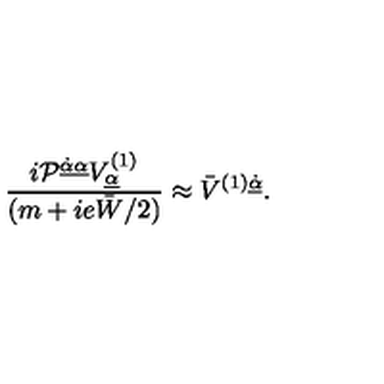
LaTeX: { \displaystyle \frac { i { \cal P } ^ { \underline { { \dot { \alpha } \alpha } } } V _ { \underline { \alpha } } ^ { ( 1 ) } } { ( m + i e \bar { W } / 2 ) } \approx \bar { V } ^ { ( 1 ) \underline { { \dot { \alpha } } } } . }